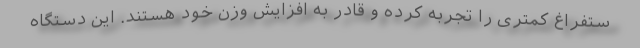
ستفراغ کمتری را تجربه کرده و قادر به افزایش وزن خود هستند. این دستگاه